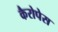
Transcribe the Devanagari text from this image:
कैरोपेस